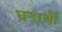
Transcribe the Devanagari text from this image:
धनार्थी